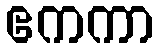
ဧကကာ